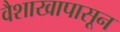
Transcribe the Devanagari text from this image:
वैशाखापासून